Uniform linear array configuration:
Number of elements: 24
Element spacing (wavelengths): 0.25
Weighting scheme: exponential
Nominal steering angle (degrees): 0
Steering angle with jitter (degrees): -0.8568
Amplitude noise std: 0.05
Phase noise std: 0.05

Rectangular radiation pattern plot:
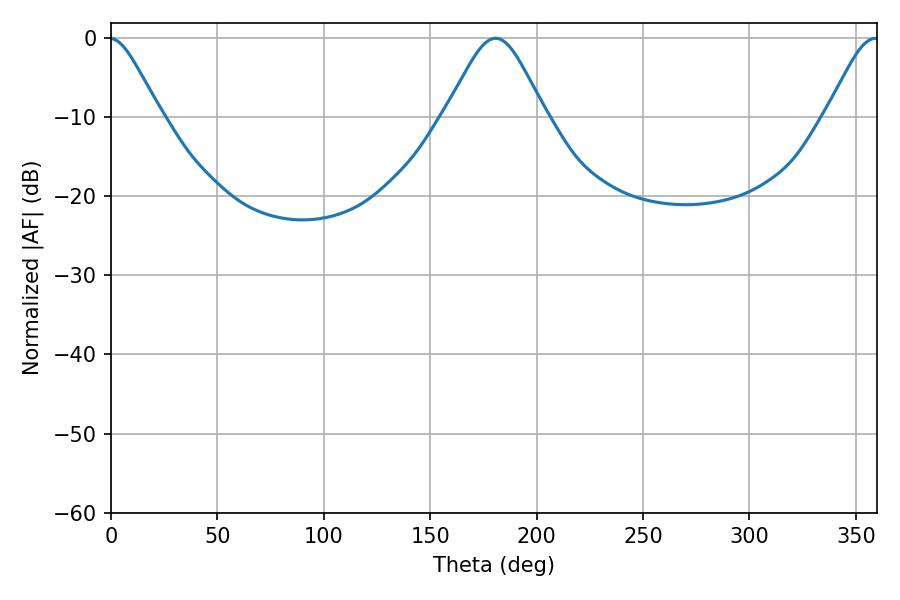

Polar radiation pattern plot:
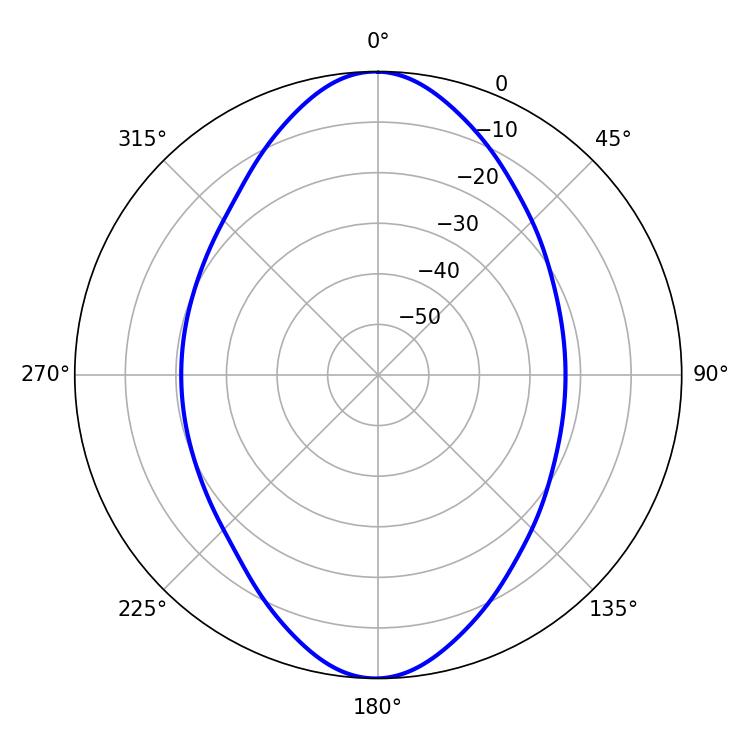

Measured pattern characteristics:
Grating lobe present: FALSE
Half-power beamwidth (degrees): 22.86
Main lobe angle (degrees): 180.72